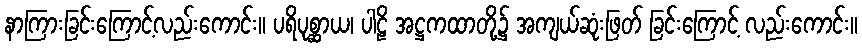
နာကြားခြင်းကြောင့်လည်းကောင်း။ ပရိပုစ္ဆာယ၊ ပါဠိ အဋ္ဌကထာတို့၌ အကျယ်ဆုံးဖြတ် ခြင်းကြောင့် လည်းကောင်း။